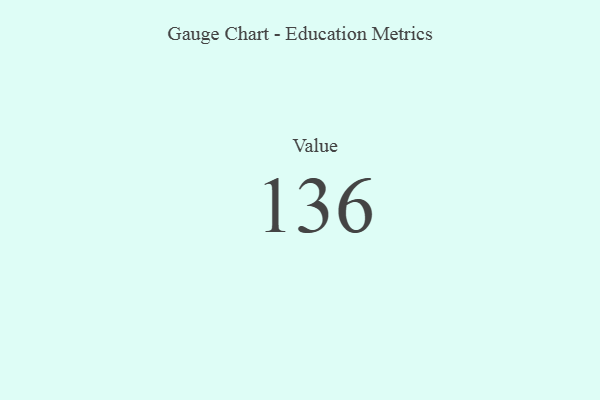
{"axis": {"x": "Metric", "y": "Value"}, "legend": [""], "data": [{"x": "Value", "y": 136, "type": ""}]}